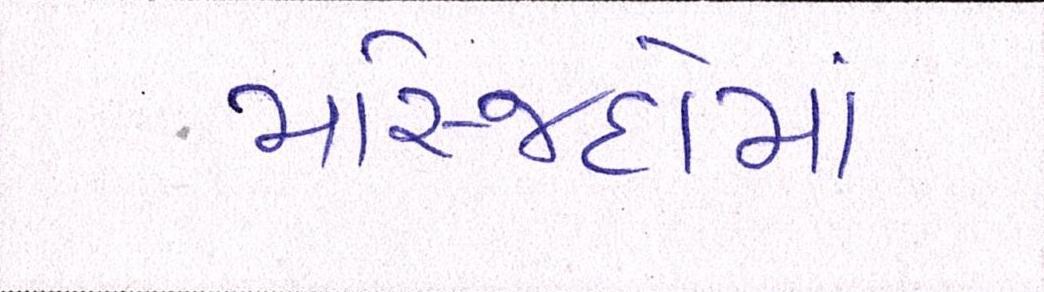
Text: મસ્જિદોમાં